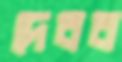
দেবব